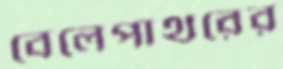
বেলেপাথরের